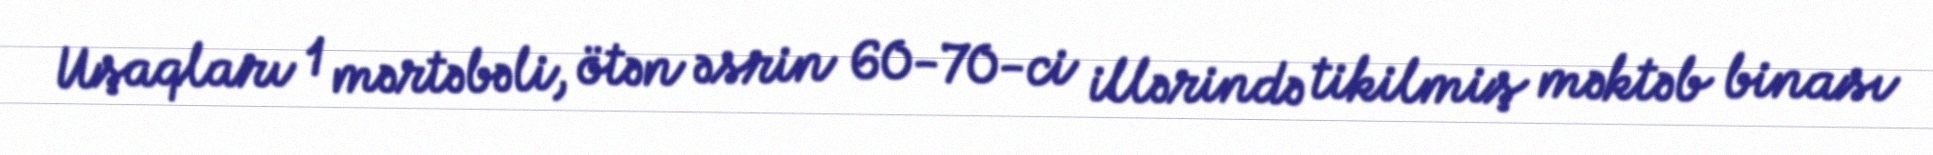
Uşaqları 1 mərtəbəli, ötən əsrin 60-70-ci illərində tikilmiş məktəb binası